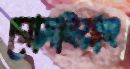
রোসাইয়াহ